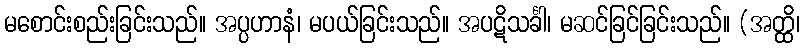
မစောင်းစည်းခြင်းသည်။ အပ္ပဟာနံ၊ မပယ်ခြင်းသည်။ အပဋိသင်္ခါ၊ မဆင်ခြင်ခြင်းသည်။ (အတ္ထိ၊